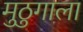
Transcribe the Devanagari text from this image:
मुठुगाला